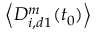
\left< D _ { i , d 1 } ^ { m } ( t _ { 0 } ) \right>